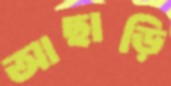
আছাড়ি